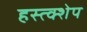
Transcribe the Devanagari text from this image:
हस्त्क्शेप